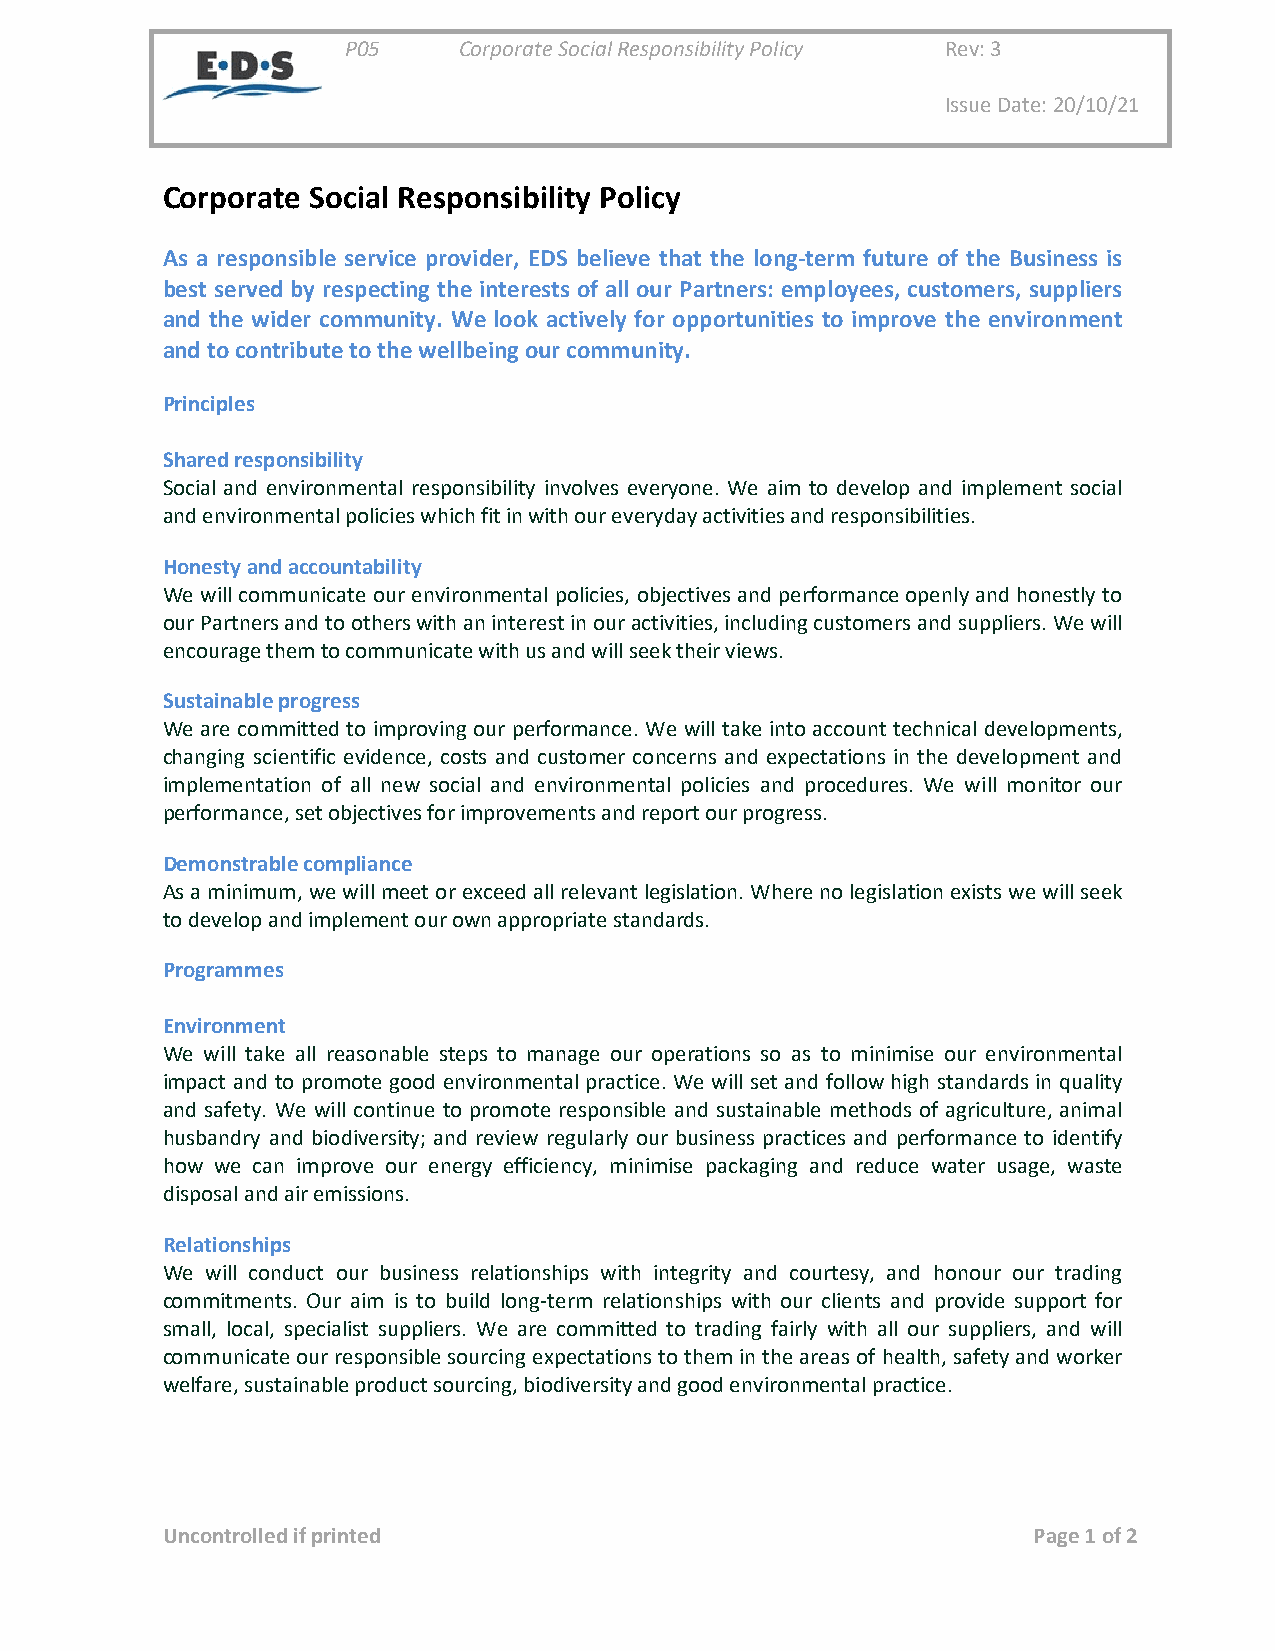
P05    Corporate Social Responsibility Policy Rev: 3
 Issue Date: 20/10/21
 Corporate Social Responsibility Policy
 As a responsible service provider, EDS believe that the long-term future of the Business is
 best served by respecting the interests of all our Partners: employees, customers, suppliers
 and the wider community. We look actively for opportunities to improve the environment
 and to contribute to the wellbeing our community.
 Principles
 Shared responsibility
 Social and environmental responsibility involves everyone. We aim to develop and implement social
 and environmental policies which fit in with our everyday activities and responsibilities.
 Honesty and accountability
 We will communicate our environmental policies, objectives and performance openly and honestly to
 our Partners and to others with an interest in our activities, including customers and suppliers. We will
 encourage them to communicate with us and will seek their views.
 Sustainable progress
 We are committed to improving our performance. We will take into account technical developments,
 changing scientific evidence, costs and customer concerns and expectations in the development and
 implementation of all new social and environmental policies and procedures. We will monitor our
 performance, set objectives for improvements and report our progress.
 Demonstrable compliance
 As a minimum, we will meet or exceed all relevant legislation. Where no legislation exists we will seek
 to develop and implement our own appropriate standards.
 Programmes
 Environment
 We will take all reasonable steps to manage our operations so as to minimise our environmental
 impact and to promote good environmental practice. We will set and follow high standards in quality
 and safety. We will continue to promote responsible and sustainable methods of agriculture, animal
 husbandry and biodiversity; and review regularly our business practices and performance to identify
 how we can improve our energy efficiency, minimise packaging and reduce water usage, waste
 disposal and air emissions.
 Relationships
 We will conduct our business relationships with integrity and courtesy, and honour our trading
 commitments. Our aim is to build long-term relationships with our clients and provide support for
 small, local, specialist suppliers. We are committed to trading fairly with all our suppliers, and will
 communicate our responsible sourcing expectations to them in the areas of health, safety and worker
 welfare, sustainable product sourcing, biodiversity and good environmental practice.
 Uncontrolled if printed                                  Page 1 of 2